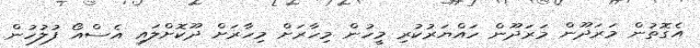
އެގޮތުން މަރަދޫން މަރަދޫން ހައްޔަރުކުރި މީހުން މިހާރަށް މިހާރަށް ދޫކޮށްލައި އެސްއޯ ފުލުހުން